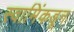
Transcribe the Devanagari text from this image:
स्वामिंकडून